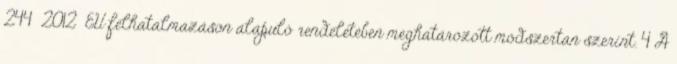
244 2012 EU felhatalmazáson alapuló rendeletében meghatározott módszertan szerint. 4 A